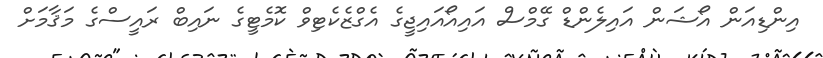
އިންޑިއަން އޯޝަން އައިލެންޑް ގޭމްސް އައިއޯއައިޖީގެ އެގްޒެކެޓިވް ކޮމެޓީގެ ނައިބް ރައީސްގެ މަޤާމަށް